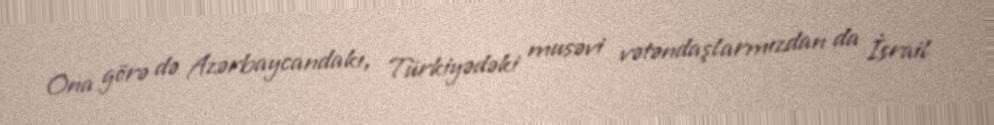
Ona görə də Azərbaycandakı, Türkiyədəki musəvi vətəndaşlarmızdan da İsrail